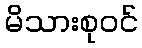
မိသားစုဝင်